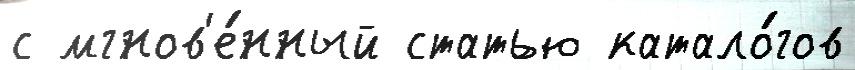
с мгнов'е́нный статью катало́гов